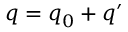
\boldsymbol { q } = \boldsymbol { q } _ { 0 } + \boldsymbol { q } ^ { \prime }